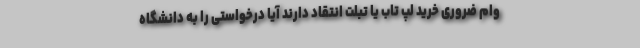
وام ضروری خرید لپ تاب یا تبلت انتقاد دارند آیا درخواستی را به دانشگاه